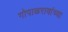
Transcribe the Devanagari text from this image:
गोपाळरावांच्या